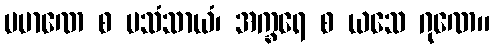
ပမာဏေ စ ပသံသာယံ၊ အက္ခရေ စ ယသေ ဂုဏေ။